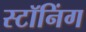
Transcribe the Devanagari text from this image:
स्टॉनिंग